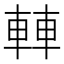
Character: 䡛